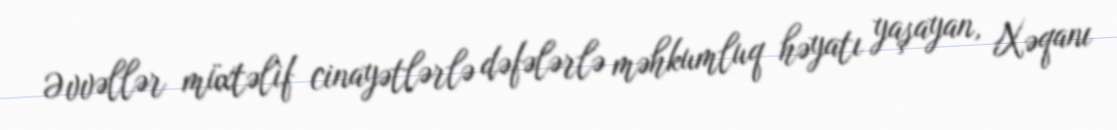
Əvvəllər müxtəlif cinayətlərlə dəfələrlə məhkumluq həyatı yaşayan, Xəqanı